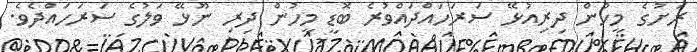
ރަށުގެ މީހުން ދިރިއުޅޭ ސަރަހައްދައްވުރެ ބޮޑީ މީހުން ދިރި ނޫޅޭ ވަލުގެ ސަރަހައްދެވެ.